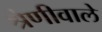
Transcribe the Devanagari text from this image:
श्रेणीवाले